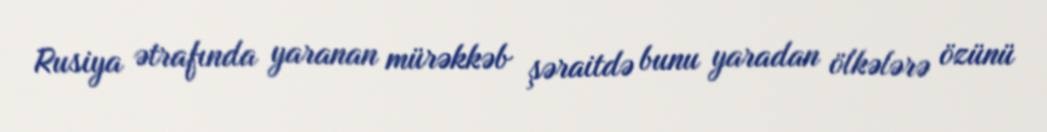
Rusiya ətrafında yaranan mürəkkəb şəraitdə bunu yaradan ölkələrə özünü